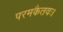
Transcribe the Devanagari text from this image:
परमकैतवः।